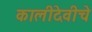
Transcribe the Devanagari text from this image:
कालीदेवीचे